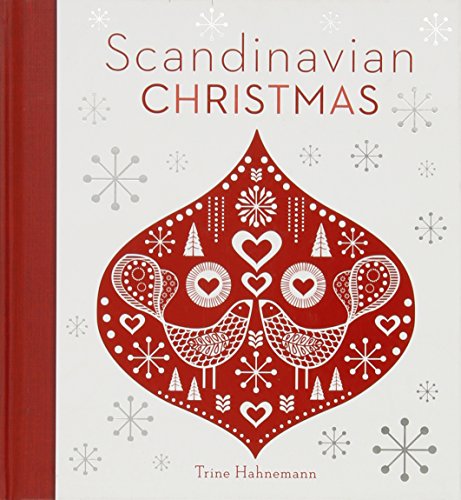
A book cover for Scandinavian Christmas; Trine Hahnemann; Cookbooks, Food & Wine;